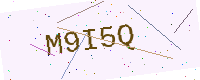
Text: M9I5Q